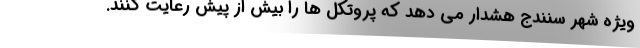
ویژه شهر سنندج هشدار می دهد که پروتکل ها را بیش از پیش رعایت کنند.